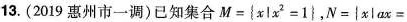
13.(2019惠州市一调)已知集合$$M=\left\{ x|x^{2}=1\right\}，N=\{ x|ax=